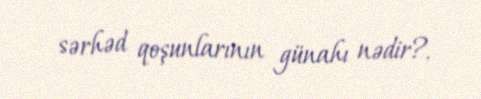
sərhəd qoşunlarının günahı nədir?.